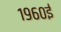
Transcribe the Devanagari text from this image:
१९६०ई